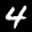
Label: 4